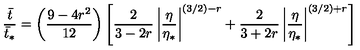
{ \frac { \bar { t } } { \bar { t } _ { * } } } = \left( { \frac { 9 - 4 r ^ { 2 } } { 1 2 } } \right) \left[ { \frac { 2 } { 3 - 2 r } } \left| { \frac { \eta } { \eta _ { * } } } \right| ^ { ( 3 / 2 ) - r } + { \frac { 2 } { 3 + 2 r } } \left| { \frac { \eta } { \eta _ { * } } } \right| ^ { ( 3 / 2 ) + r } \right]